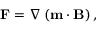
\mathbf { F } = { \boldsymbol { \nabla } } \left( \mathbf { m } \cdot \mathbf { B } \right) ,